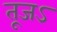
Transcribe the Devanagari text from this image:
तूजऽ